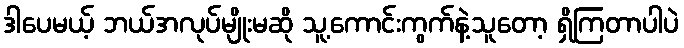
ဒါပေမယ့် ဘယ်အလုပ်မျိုးမဆို သူ့ကောင်းကွက်နဲ့သူတော့ ရှိကြတာပါပဲ